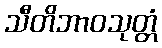
သီတိဘာဝသုတ္တံ